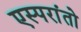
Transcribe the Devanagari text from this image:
एस्परांतो